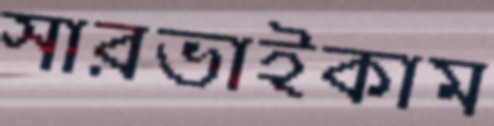
সারভাইকাম